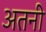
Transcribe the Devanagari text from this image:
अतनी